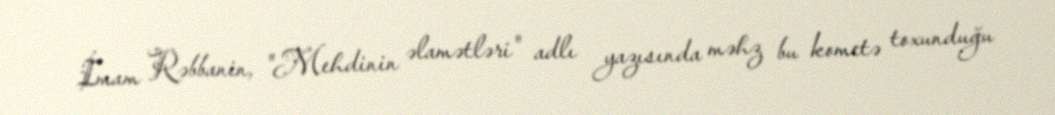
İmam Rəbbanin, "Mehdinin əlamətləri" adlı yazısında məhz bu kometə toxunduğu